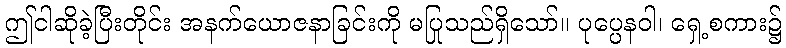
ဤငါဆိုခဲ့ပြီးတိုင်း အနက်ယောဇနာခြင်းကို မပြုသည်ရှိသော်။ ပုပ္ပေနဝါ၊ ရှေ့စကား၌